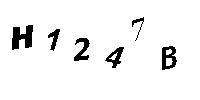
H1247B